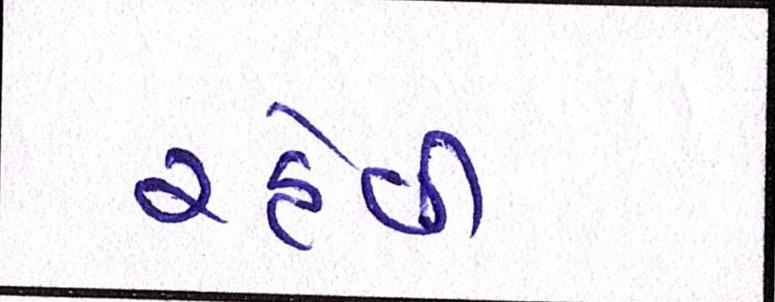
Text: રહેવી